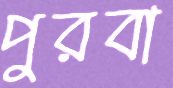
পুরবা